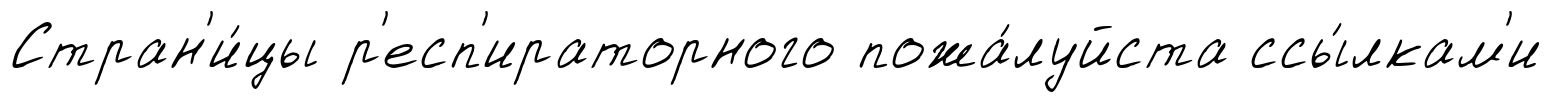
Стран'и́цы р'есп'ираторного пожа́луйста ссы́лкам'и